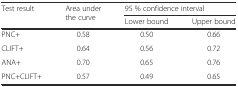
| <ROWSPAN=2> Test result | <ROWSPAN=2> Area under the curve | <COLSPAN=2> 95 % confidence interval |
 | Lower bound | Upper bound |
 | --- | --- | --- | --- |
 | PNC+ | 0.58 | 0.50 | 0.66 |
 | CLIFT+ | 0.64 | 0.56 | 0.72 |
 | ANA+ | 0.70 | 0.65 | 0.76 |
 | PNC+CLIFT+ | 0.57 | 0.49 | 0.65 |